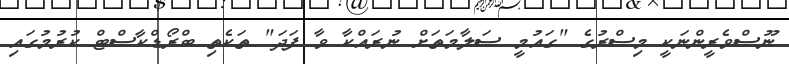
ނޫސްވެރީންނަކީ މިޞްރުގެ "ގައުމީ ސަލާމަތަށް ނުރައްކާ ވާ ފަދަ" ތަކެތި ބްރޯޑްކާސްޓް ކުރުމުގައި